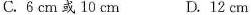
C.6cm或10cm D.12cm